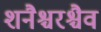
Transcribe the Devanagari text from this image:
शनैश्चरश्चैव